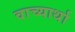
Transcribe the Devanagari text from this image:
वाच्यार्था